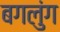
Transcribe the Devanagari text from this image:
बगलुंग